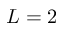
L = 2